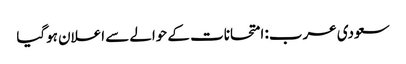
سعودی عرب: امتحانات کے حوالے سے اعلان ہوگیا